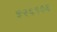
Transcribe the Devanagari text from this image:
५२६९०६